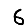
Digit: 6